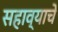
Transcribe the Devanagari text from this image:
सहाव्याचे